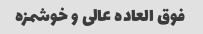
فوق العاده عالی و خوشمزه